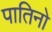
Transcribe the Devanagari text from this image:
पातिनो